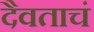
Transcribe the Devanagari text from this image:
दैवताचं